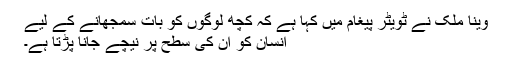
وینا ملک نے ٹویٹر پیغام میں کہا ہے کہ کچھ لوگوں کو بات سمجھانے کے لیے
انسان کو ان کی سطح پر نیچے جانا پڑتا ہے۔